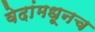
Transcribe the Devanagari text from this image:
वेदांमधूनच